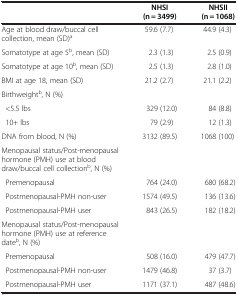
<table><thead><tr><td><b> </b></td><td><b>NHSI</b></td><td><b>NHSII</b></td></tr><tr><td><b> </b></td><td><b>(n = 3499)</b></td><td><b>(n = 1068)</b></td></tr></thead><tbody><tr><td>Age at blood draw/buccal cell collection, mean (SD)<sup>a</sup></td><td>59.6 (7.7)</td><td>44.9 (4.3)</td></tr><tr><td>Somatotype at age 5<sup>b</sup>, mean (SD)</td><td>2.3 (1.3)</td><td>2.5 (0.9)</td></tr><tr><td>Somatotype at age 10<sup>b</sup>, mean (SD)</td><td>2.5 (1.3)</td><td>2.8 (1.0)</td></tr><tr><td>BMI at age 18, mean (SD)</td><td>21.2 (2.7)</td><td>21.1 (2.2)</td></tr><tr><td>Birthweight<sup>b</sup>, N (%)</td><td> </td><td> </td></tr><tr><td> &lt;5.5 lbs</td><td>329 (12.0)</td><td>84 (8.8)</td></tr><tr><td> 10+ lbs</td><td>79 (2.9)</td><td>12 (1.3)</td></tr><tr><td>DNA from blood, N (%)</td><td>3132 (89.5)</td><td>1068 (100)</td></tr><tr><td>Menopausal status/Post-menopausal hormone (PMH) use at blood draw/buccal cell collection<sup>b</sup>, N (%)</td><td colspan="2"> </td></tr><tr><td> Premenopausal</td><td>764 (24.0)</td><td>680 (68.2)</td></tr><tr><td> Postmenopausal-PMH non-user</td><td>1574 (49.5)</td><td>136 (13.6)</td></tr><tr><td> Postmenopausal-PMH user</td><td>843 (26.5)</td><td>182 (18.2)</td></tr><tr><td>Menopausal status/Post-menopausal hormone (PMH) use at reference date<sup>b</sup>, N (%)</td><td colspan="2"> </td></tr><tr><td> Premenopausal</td><td>508 (16.0)</td><td>479 (47.7)</td></tr><tr><td> Postmenopausal-PMH non-user</td><td>1479 (46.8)</td><td>37 (3.7)</td></tr><tr><td> Postmenopausal-PMH user</td><td>1171 (37.1)</td><td>487 (48.6)</td></tr></tbody></table>